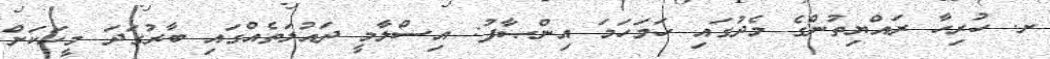
ށ. ހުރިހާ ރައްޔިތުންގެ މެދުގައި ހަމަހަމަ އިންޞާފު: އިސްލާމީ ދައުލަތެއްގައި ބާރުގަދަ މީހަކަށް